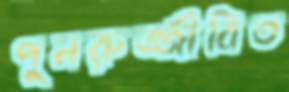
পুনরুজ্জীবিত